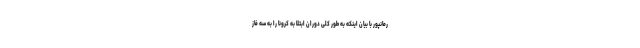
رمانپور با بیان اینکه به طور کلی دوران ابتلا به کرونا را به سه فاز